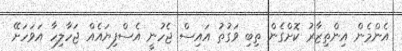
އެންމެން އިންތިޒާރު ކޮށްގެން ތިބި ވަގުތު އައިސް ޖެހުނީ އެސްފިޔައެއް ޖަހާލިހާ އަވަހަށޭ